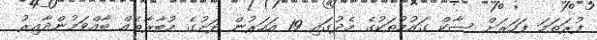
ފުރަތަމަ ފަހަރަށް ސާކް ގައުމުތަކުގެ މެދުގައި 19 އަހަރުން ދަށުގެ މުބާރާތެއް ބާއްވަމުންދާއިރު